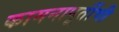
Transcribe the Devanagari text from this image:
कामनापूर्तीची